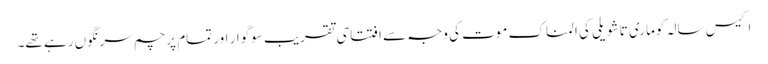
اکیس سالہ کوماری تاشویلی کی المناک موت کی وجہ سے افتتاحی تقریب سوگوار اور تمام پرچم سرنگوں رہے تھے۔